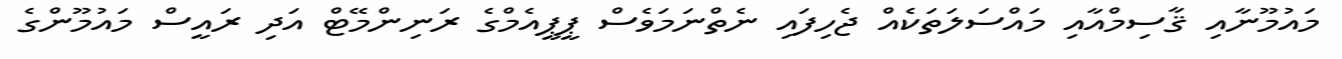
މައުމޫނާއި ޤާސިމްއާއި މައްސަލަތަކެއް ޖެހިފައި ނެތްނަމަވެސް ޕީޕީއެމްގެ ރަނިންމޭޓް އަދި ރައީސް މައުމޫންގެ